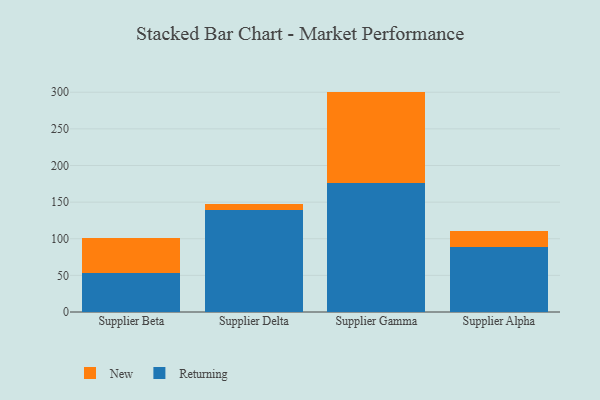
{"axis": {"x": "Supplier", "y": "Satisfaction Score"}, "legend": ["New", "Returning"], "data": [{"x": "Supplier Beta", "y": 53.9, "type": "Returning"}, {"x": "Supplier Beta", "y": 46.7, "type": "New"}, {"x": "Supplier Delta", "y": 139.0, "type": "Returning"}, {"x": "Supplier Delta", "y": 9.1, "type": "New"}, {"x": "Supplier Gamma", "y": 175.6, "type": "Returning"}, {"x": "Supplier Gamma", "y": 125.3, "type": "New"}, {"x": "Supplier Alpha", "y": 88.3, "type": "Returning"}, {"x": "Supplier Alpha", "y": 22.4, "type": "New"}]}